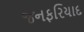
જનફરિયાદ